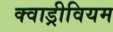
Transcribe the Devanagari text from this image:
क्वाड्रीवियम